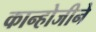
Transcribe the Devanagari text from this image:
कान्होजीने